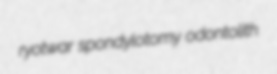
ryotwar spondylotomy odontolith